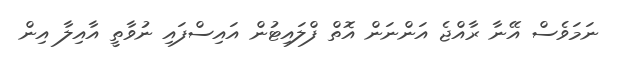
ނަމަވެސް އޭނާ ރާއްޖެ އަންނަން އޮތް ފްލައިޓުން އައިސްފައި ނުވާތީ އާއިލާ އިން